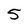
Character: 5